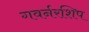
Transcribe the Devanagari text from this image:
गवर्नरशिप